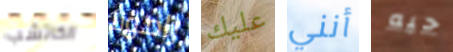
الكاتشب رامونا عليك أنني حبه